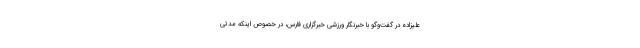
علیزاده در گفت‌وگو با خبرنگار ورزشی خبرگزاری فارس، در خصوص اینکه مدتی